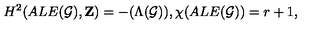
H ^ { 2 } ( A L E ( { \cal G } ) , { \bf Z } ) = - ( \Lambda ( { \cal G } ) ) , \chi ( A L E ( { \cal G } ) ) = r + 1 ,